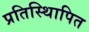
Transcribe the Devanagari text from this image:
प्रतिस्थिापित